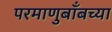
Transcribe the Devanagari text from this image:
परमाणुबाँबच्या